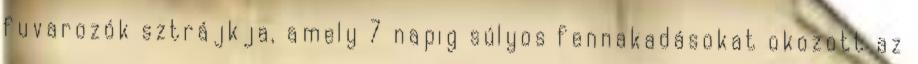
fuvarozók sztrájkja, amely 7 napig súlyos fennakadásokat okozott az